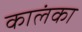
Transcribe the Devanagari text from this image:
कालंका